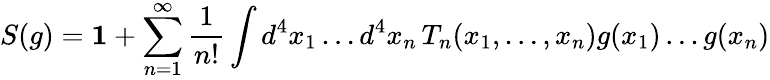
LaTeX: S(g)=\mathbf{1}+\sum_{n=1}^{\infty}\frac{1}{n!}\int d^{4}x_{1}\ldots d^{4}x_{n}\, T_{n}(x_{1},\ldots,x_{n})g(x_{1})\ldots g(x_{n})